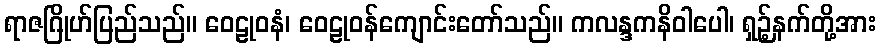
ရာဇဂြိုဟ်ပြည်သည်။ ဝေဠုဝနံ၊ ဝေဠုဝန်ကျောင်းတော်သည်။ ကလန္ဒကနိဝါပေါ၊ ရှဉ့်နက်တို့အား